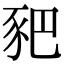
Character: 豝